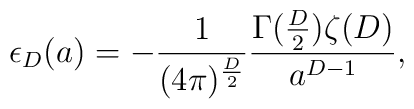
\epsilon_D(a)=-\frac{1}{(4\pi)^{\frac{D}{2}}} \frac{\Gamma(\frac{D}{2})\zeta(D)}{a^{D-1}},